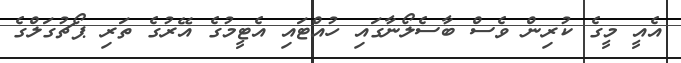
އެއީ މީގެ ކުރިން ވެސް ބާސެލޯނާގައި ހުއްޓައި އެޓީމުގެ އޭރުގެ ތަރި ޕޯޗުގަލްގެ